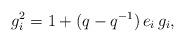
LaTeX: \begin{align*}g_i^2 = 1 + (q-q^{-1}) \, e_i \, g_i,\end{align*}